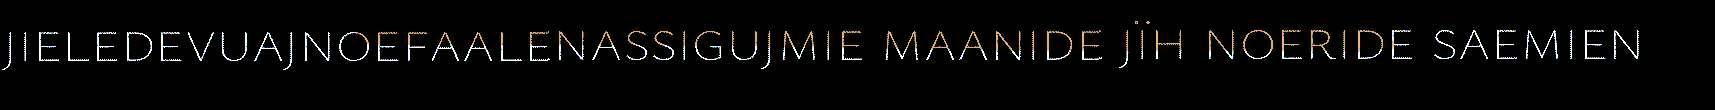
jieledevuajnoefaalenassigujmie maanide jïh noeride saemien